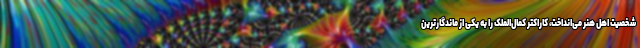
شخصیت اهل هنر می‌انداخت، کاراکتر کمال‌الملک را به یکی از ماندگارترین